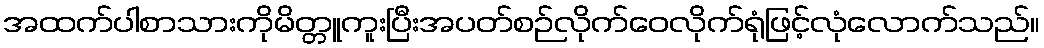
အထက်ပါစာသားကိုမိတ္တူကူးပြီးအပတ်စဉ်လိုက်ဝေလိုက်ရုံဖြင့်လုံလောက်သည်။